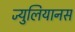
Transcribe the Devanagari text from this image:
ज्युलियानस